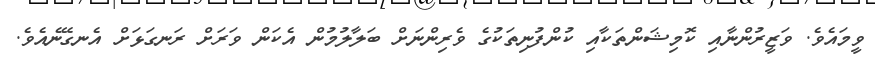
ވީމައެވެ. ވަޒީރުންނާއި ކޮމިޝަންތަކާއި ކުންފުނިތަކުގެ ވެރިންނަށް ބަލާލުމުން އެކަން ވަރަށް ރަނގަޅަށް އެނގޭނެއެވެ.